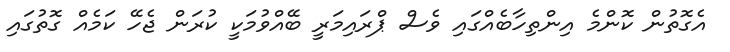
އެގޮތުން ކޮންމެ އިންތިހާބެއްގައި ވެސް ޕްރައިމަރީ ބޭއްވުމަކީ ކުރަން ޖެހޭ ކަމެއް ގޮތުގައި